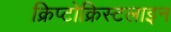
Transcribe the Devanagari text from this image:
क्रिप्टोक्रिस्टलाइन